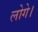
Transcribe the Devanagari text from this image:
लोगे।